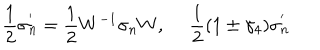
\frac { 1 } { 2 } \sigma _ { n } ^ { ' } = \frac { 1 } { 2 } W ^ { - 1 } \sigma _ { n } W , ~ ~ \frac { 1 } { 2 } ( 1 \pm \gamma _ { 4 } ) \sigma _ { n } ^ { ' }